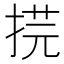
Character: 𢯥